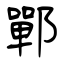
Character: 鄲